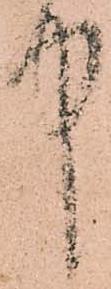
中